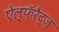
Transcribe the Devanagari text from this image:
ऐल्फ़ॅरैट्ज़